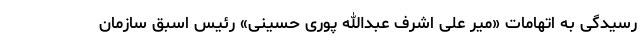
رسیدگی به اتهامات «میر علی اشرف عبدالله پوری حسینی» رئیس اسبق سازمان